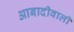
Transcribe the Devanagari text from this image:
आबादीवाली